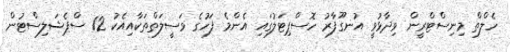
ހެލްތް މިނިސްޓްރީން ވިދާޅުވީ އުނގޫފާރު ހޮސްޕިޓަލުގައި އެންމެ ފަހުގެ ވަސީލަތްތަކާއިއެކު 12 ސްޕެޝަލިސްޓުން